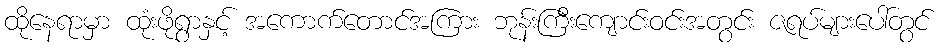
ထိုနေရာမှာ ထုံးဖိုရွာနှင့် အကောက်တောင်အကြား ဘုန်းကြီးကျောင်းဝင်းအတွင်း ဇရပ်များပေါ်တွင်